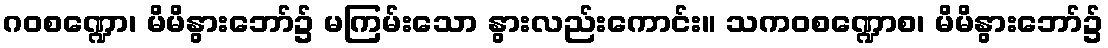
ဂဝစဏ္ဍော၊ မိမိနွားဘော်၌ မကြမ်းသော နွားလည်းကောင်း။ သကဝစဏ္ဍောစ၊ မိမိနွားဘော်၌